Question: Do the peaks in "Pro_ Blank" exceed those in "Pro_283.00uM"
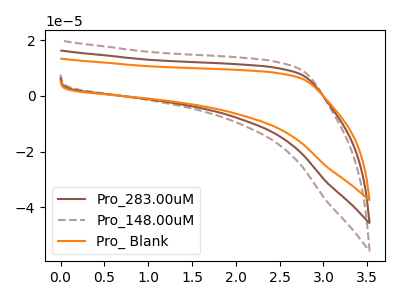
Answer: <think>The brown curve "Pro_283.00uM" has no peaks. The brown dashed curve "Pro_148.00uM" has no peaks. The orange curve "Pro_ Blank" has no peaks.</think>
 <answer>Niether CV has any peaks.</answer>
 <eval>blanks</eval>